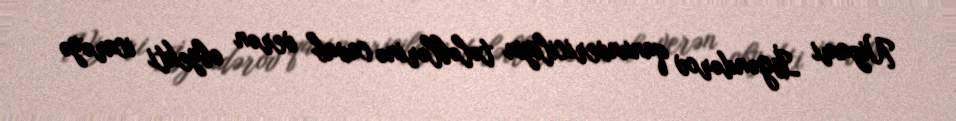
Nizami İsgəndərov qanunvericiliyin tələblərinə cavab verən obyekti icarəyə